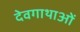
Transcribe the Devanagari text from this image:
देवगाथाओं